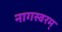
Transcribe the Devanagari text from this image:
नागस्वरम्